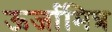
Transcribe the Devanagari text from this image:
ऊर्जामित्र